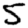
Digit: 5